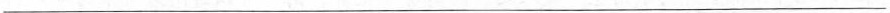
___